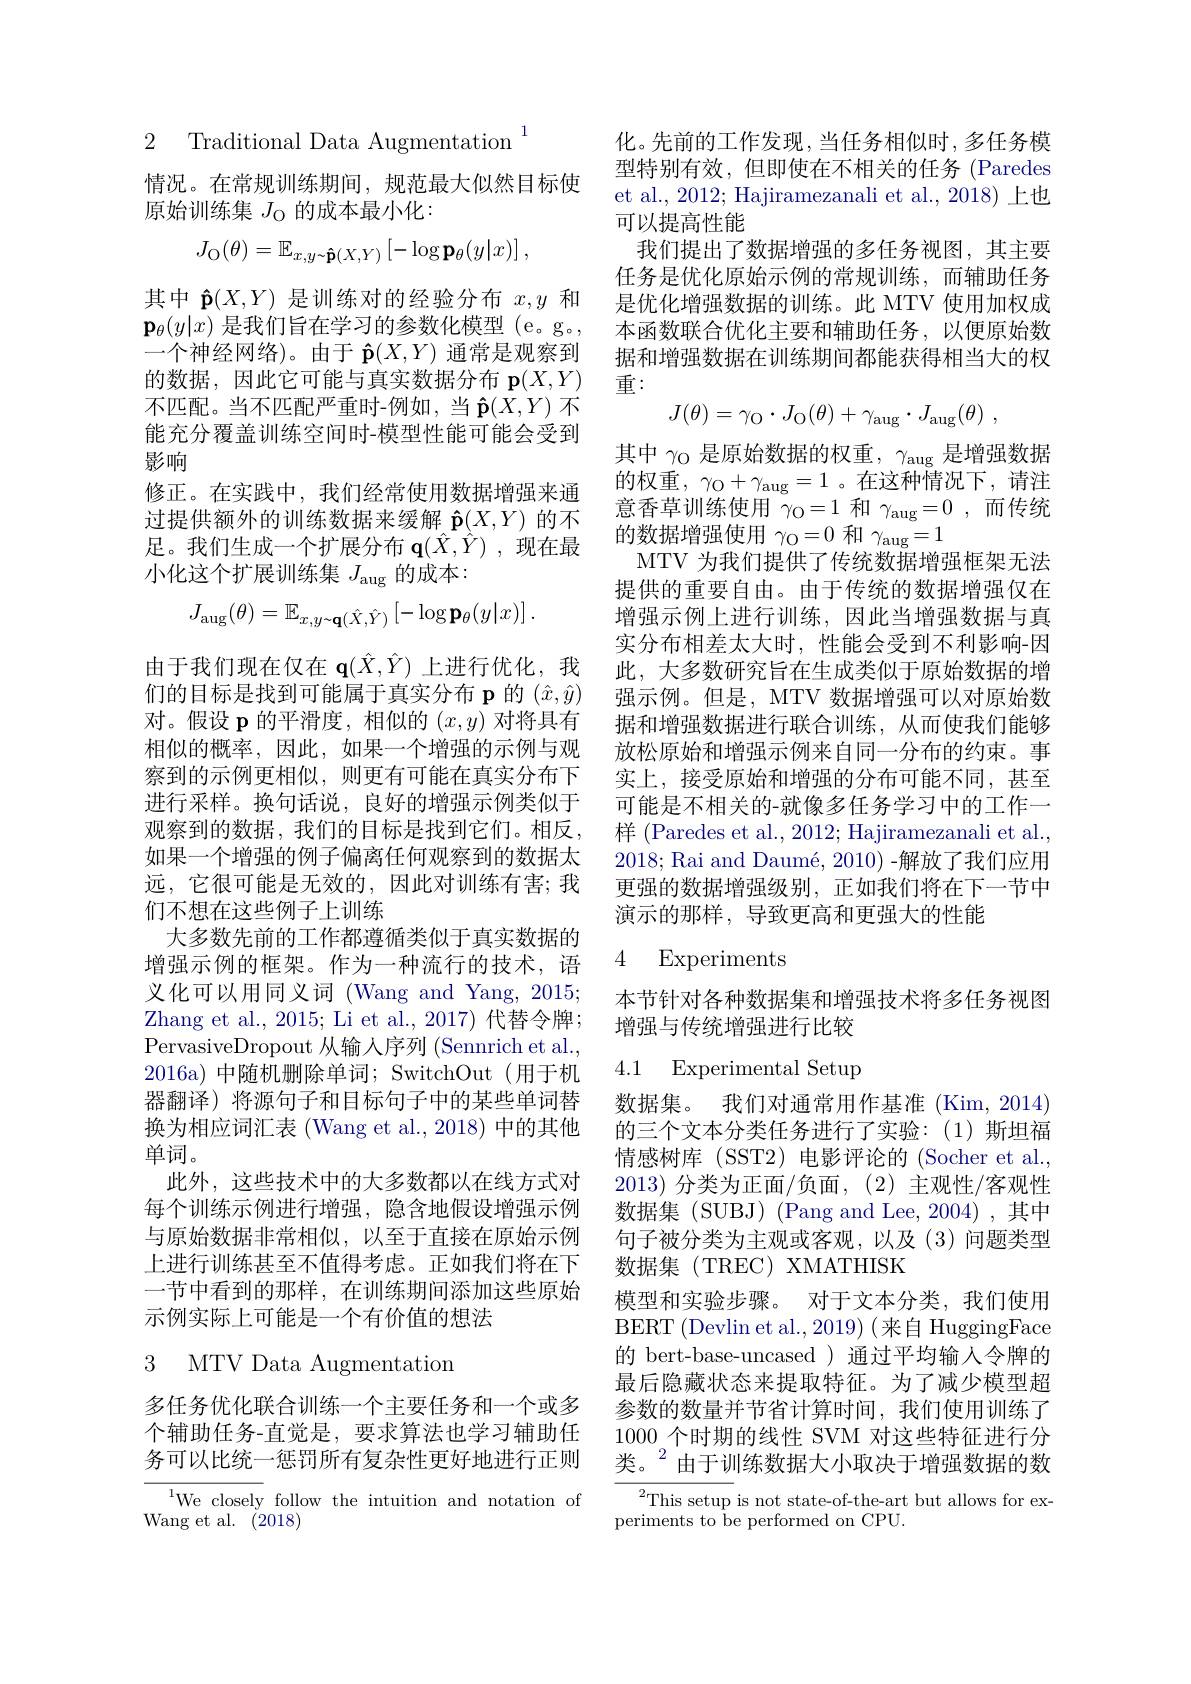
2 ${\mathrm{Traditional~Data~Augmentation}}^{1}$

情况。在常规训练期间，规范最大似然目标使
原始训练集$J_{\mathrm{O}}$的成本最小化
$$J_{\mathrm{O}}(\theta)=\mathbb{E}_{x,y\sim\mathbf{\hat{p}}(X,Y)}\left[-\log\mathbf{p}_{\theta}(y|x)\right],$$
其中$\hat{\mathbf{p}}(X,Y)$是训练对的经验分布$x,y$和$\mathbf{p}_\theta(y|x)$是我们旨在学习的参数化模型 (e。g。, 一个神经网络)。由于$\hat{\mathbf{p}}(X,Y)$通常是观察到的数据，因此它可能与真实数据分布$\mathbf{p}(X,Y)$ 不匹配。当不匹配严重时-例如，当$\mathbf{\hat{p}}(X,Y)$不能充分覆盖训练空间时-模型性能可能会受到影响
修正。在实践中，我们经常使用数据增强来通过提供额外的训练数据来缓解$\hat{\mathbf{p}}(X,Y)$的不足。我们生成一个扩展分布$\mathbf{q}(\hat{X},\hat{Y})$ ,现在最小化这个扩展训练集$J_\mathrm{aug}$的成本：
$$J_{\mathrm{aug}}(\theta)=\mathbb{E}_{x,y\sim\mathbf{q}(\hat{X},\hat{Y})}\left[-\log\mathbf{p}_{\theta}(y|x)\right].$$
由于我们现在仅在$\mathbf{q}(\hat{X},\hat{Y})$上进行优化，我们的目标是找到可能属于真实分布 p 的$(\hat{x},\hat{y})$ 对。假设$\mathbf{p}$的平滑度，相似的$(x,y)$对将具有相似的概率，因此，如果一个增强的示例与观察到的示例更相似，则更有可能在真实分布下进行采样。换句话说，良好的增强示例类似于观察到的数据，我们的目标是找到它们。相反如果一个增强的例子偏离任何观察到的数据太远，它很可能是无效的，因此对训练有害；我们不想在这些例子上训练
大多数先前的工作都遵循类似于真实数据的增强示例的框架。作为一种流行的技术，语义化可以用同义词 (Wang and Yang, 2015; Zhang et al., 2015; Li et al., 2017)代替令牌； PervasiveDropout 从输入序列 (Sennrich et al., 2016a)中随机删除单词；SwitchOut(用于机器翻译) 将源句子和目标句子中的某些单词替换为相应词汇表(Wang et al.,2018) 中的其他单词。
此外，这些技术中的大多数都以在线方式对每个训练示例进行增强，隐含地假设增强示例与原始数据非常相似，以至于直接在原始示例上进行训练甚至不值得考虑。正如我们将在下一节中看到的那样，在训练期间添加这些原始示例实际上可能是一个有价值的想法
3 MTV Data Augmentation

多任务优化联合训练一个主要任务和一个或多个辅助任务-直觉是，要求算法也学习辅助任务可以比统一惩罚所有复杂性更好地进行正则

$^{1}$We closely follow the intuition and notation of
Wang et al.(2018)

化。先前的工作发现，当任务相似时，多任务模型特别有效，但即使在不相关的任务 (Paredes et al., 2012; Hajiramezanali et al., 2018) 上也可以提高性能
我们提出了数据增强的多任务视图，其主要任务是优化原始示例的常规训练，而辅助任务是优化增强数据的训练。此 MTV 使用加权成本函数联合优化主要和辅助任务，以便原始数据和增强数据在训练期间都能获得相当大的权重：
$$J(\theta)=\gamma_{\mathrm O}\cdot J_{\mathrm O}(\theta)+\gamma_{\mathrm aug}\cdot J_{\mathrm aug}(\theta)\:,$$
其中$\gamma_\mathrm{O}$是原始数据的权重，$\gamma_\mathrm{aug}$是增强数据的权重，$\gamma_\mathrm{O}+\gamma_\mathrm{aug}=1$ 。在这种情况下，请注意香草训练使用$\gamma_{\mathrm{O}}=1$和$\gamma_{\mathrm{aug}}=0$,而传统的数据增强使用$\gamma_{\mathrm{O}}=0$和$\gamma_{\mathrm{aug}}=1$
MTV 为我们提供了传统数据增强框架无法提供的重要自由。由于传统的数据增强仅在增强示例上进行训练，因此当增强数据与真实分布相差太大时，性能会受到不利影响-因此，大多数研究旨在生成类似于原始数据的增强示例。但是，MTV 数据增强可以对原始数据和增强数据进行联合训练，从而使我们能够放松原始和增强示例来自同一分布的约束。事实上，接受原始和增强的分布可能不同，甚至可能是不相关的-就像多任务学习中的工作一样 (Paredes et al., 2012; Hajiramezanali et al., 2018; Rai and Daumé, 2010) -解放了我们应用更强的数据增强级别，正如我们将在下一节中演示的那样，导致更高和更强大的性能
4 Experiments

本节针对各种数据集和增强技术将多任务视图
增强与传统增强进行比较

## 4.1 Experimental Setup

数据集。我们对通常用作基准(Kim,2014) 的三个文本分类任务进行了实验：(1)斯坦福情感树库 (SST2)电影评论的 (Socher et al., 2013) 分类为正面/负面，(2) 主观性/客观性数据集 (SUBJ) (Pang and Lee, 2004) ,其中句子被分类为主观或客观，以及(3)问题类型数据集(TREC)XMATHISK
模型和实验步骤。对于文本分类，我们使用BERT (Devlin et al.,2019) (来自 HuggingFace 的 bert-base-uncased ) 通过平均输入令牌的最后隐藏状态来提取特征。为了减少模型超参数的数量并节省计算时间，我们使用训练了1000个时期的线性 SVM 对这些特征进行分类。$^{2}$由于训练数据大小取决于增强数据的数

$^{2}$This setup is not state-of-the-art but allows for ex-
periments to be performed on CPU.